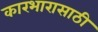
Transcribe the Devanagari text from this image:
कारभारासाठी